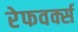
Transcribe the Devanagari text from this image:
रेफवर्क्स